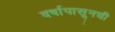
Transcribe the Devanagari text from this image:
वर्षापासूनची